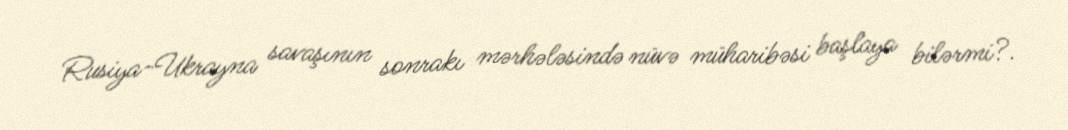
Rusiya-Ukrayna savaşının sonrakı mərhələsində nüvə müharibəsi başlaya bilərmi?.